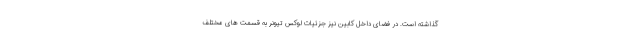
گذاشته است. در فضای داخل کابین نیز جزئیات لوکس تیونر به قسمت های مختلف